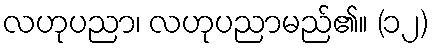
လဟုပညာ၊ လဟုပညာမည်၏။ (၁၂)